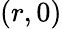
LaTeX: (r,0)